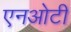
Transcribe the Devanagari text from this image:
एनओटी